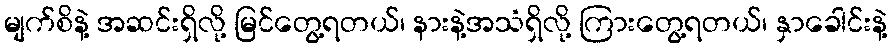
မျက်စိနဲ့ အဆင်းရှိလို့ မြင်တွေ့ရတယ်၊ နားနဲ့အသံရှိလို့ ကြားတွေ့ရတယ်၊ နှာခေါင်းနဲ့